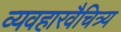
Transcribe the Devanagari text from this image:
व्यवहारवैचित्र्य